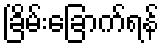
ခြိမ်းခြောက်ရန်